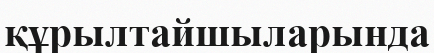
құрылтайшыларында